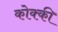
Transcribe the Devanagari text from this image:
कोक्की